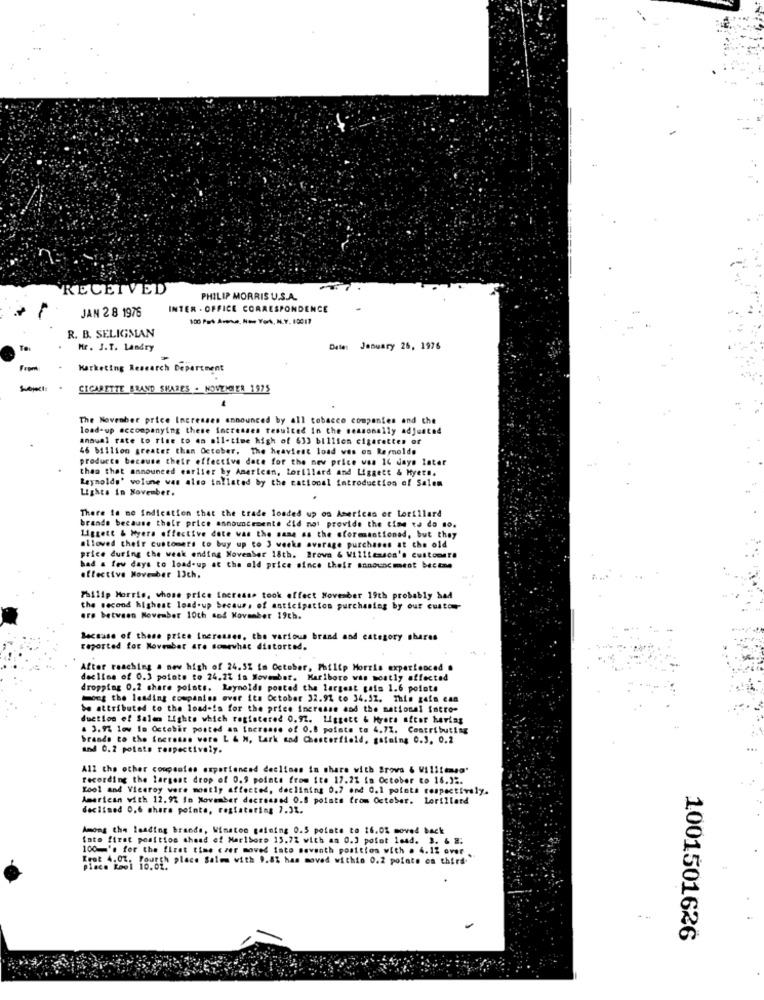
`RECEIVED
PHILIP MORRIS U.S.A.
INTER - OFFICE CORRESPONDENCE
JAN 28 1976
100 Pal Amas. No. York, N.Y. 10017
R. B. SELIGMAN
Mr. J.T. Landry
Date: January 26, 1976
Marketing Research Department
CIGARETTE BRAND SHARES . NOVEMBER 1975
The November price Increases announced by all tobacco companies and the
load-up accompanying these increases resulted In the seasonally adjusted
annual rate to rise to an all-time high of 633 billion cigarettes of
46 billion greater than October. The heaviest load ves on Rermolde
producto because their effective date for the new price was 14 days later
than that announced earlier by American, Lorillard and Liggett & Hyete.
Reynolds' volume was also iallated by the rational introduction of Salem
Lights in November.
There is no Indication that the trade loaded up on Americas or Lorillard
brande because their price announcements did not provide the time to do so.
Liggett & Myers effective date was the same as the aformentioned, but they
alloved their customers to buy up to 3 weeks average purchases at the old
price during the weak ending November 18th. Prova & Williezson's customere
had a few days to load-up at the old price since their announcmest bectne
effective November 13ch.
Philip Morris, whose price Increase took effect November 19th probably bad
the second highest load-up becaus, of anticipation purchasing by our custo
are between November 10th and Kovanber 19th.
Because of these price increases, the various brand and category shares
reported for November are somewhat distorted.
After reaching a new high of 24.5% in October, Philip Morris experienced .
decline of 0.3 points to 24.21 in November. Marlboro was mostly affected
dropping 0.2 share points. Reynolds posted the largest gais 1.6 polate
mong the leading companies over its October 32.92 to 34.32. This gaia can
be attributed to the load-is for the price increase and the national fatto-
duction of Salen Lighte which registered 0.92. Liggett & Mrete afcor kerias
. 3. 97 low in October posted an Increase of 0.8 points to 4.72. Contributing
brande to the increase vore L & M, Lark sod Chesterfield, gaining 0.3. 0.2
and 0.2 points respectively.
All the other companies experienced declines in share with Srovs & Wilitemsd'
recording the largest drop of 0.9 points from Ito 17.21 in October to 16.3 :.
Kool and Viceroy were mostly affected, declining 0.7 and 0.1 potota respectively.
American with 12.92 In November decreased 0.8 points from October. Lorillard
declined 0.6 share pointe, restatoting 7.31.
Among the leading brands, Winston gaining 0.5 pointe to 16.0% moved back
foto firat position ahead of Marlboro 15.72 with an 0.3 potat lead. 3. 6 2.
100 's for the first time czer moved into seventh positios with . 4.12 over
Krot 4.07, Fourth place Salem with 9.8% has moved within 0.2 points on third.
place Roel 10.01.
1001501626